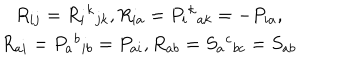
\begin{array} { c } { { R _ { i j } = R _ { i } { } ^ { k } { } _ { j k } , R _ { i a } = P _ { i } { } ^ { k } { } _ { a k } = - P _ { i a } , } } \\ { { R _ { a i } = P _ { a } { } ^ { b } { } _ { i b } = P _ { a i } , R _ { a b } = S _ { a } { } ^ { c } { } _ { b c } = S _ { a b } } } \\ \end{array}